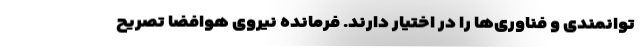
توانمندی و فناوری‌ها را در اختیار دارند. فرمانده نیروی هوافضا تصریح